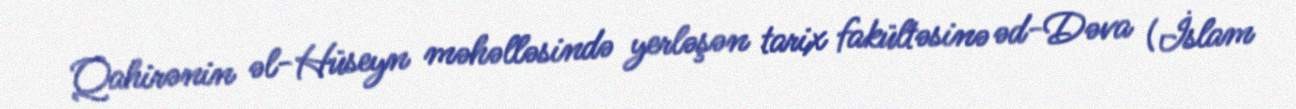
Qahirənin əl-Hüseyn məhəlləsində yerləşən tarix fakültəsinə əd-Dəva (İslam